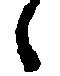
々